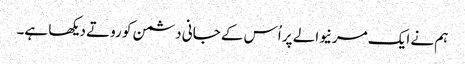
ہم نے ایک مرنیوالے پر اُس کے جانی دشمن کو روتے دیکھا ہے۔